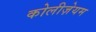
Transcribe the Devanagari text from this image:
कोलीज़ेयम